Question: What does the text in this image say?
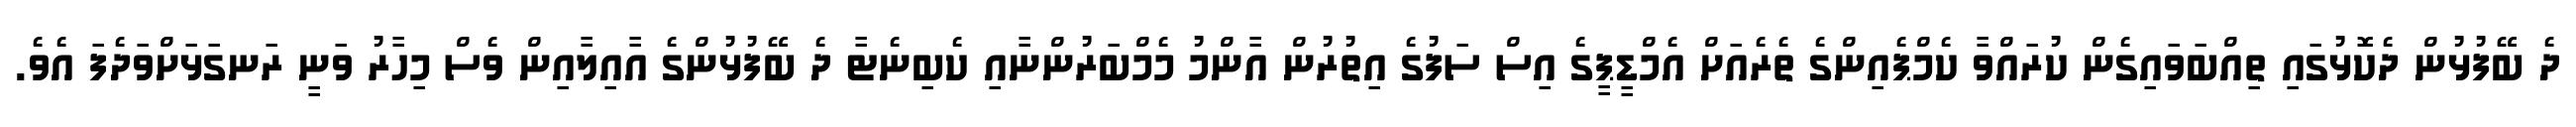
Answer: ދެ ބޭފުޅުން ދެކޮޅުގައި ތިއްބަވައިގެން ކުރައްވާ ކެމްޕެއިންގެ ތެރެއަށް އެމްޑީޕީގެ އިސް ސަފުގެ އިތުރުން އާންމު މެމްބަރުންނާއި ކެބިނެޓާ ދެ ބޭފުޅުންގެ އާއިލާއިން ވެސް މިހާރު ވަނީ ރަނގަޅަށްވަދެފަ އެވެ.